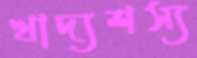
খাদ্যশস্য